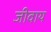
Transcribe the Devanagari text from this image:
जीवाय